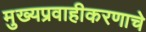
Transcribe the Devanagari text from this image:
मुख्यप्रवाहीकरणाचे